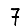
Digit: 7